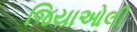
જિયાઓલી